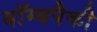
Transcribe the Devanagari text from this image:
बॉम्बपैकी